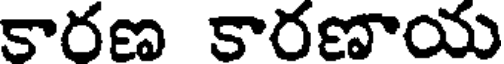
కారణ కారణాయ